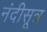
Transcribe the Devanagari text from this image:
नंदीसूत्र